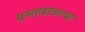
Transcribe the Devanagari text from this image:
प्रभावातल्या